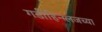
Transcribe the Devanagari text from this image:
गडीहिन्ग्लजच्या